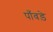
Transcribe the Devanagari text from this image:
पाँवड़े